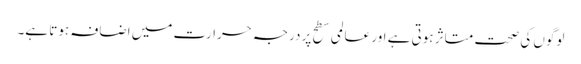
لوگوں کی صحت متاثر ہوتی ہے اور عالمی سطح پر درجہ حرارت میں اضافہ ہوتا ہے۔